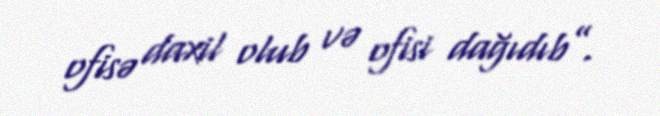
ofisə daxil olub və ofisi dağıdıb”.